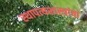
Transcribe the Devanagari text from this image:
स्थापत्यशास्त्रांचा